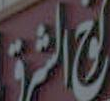
الشرق